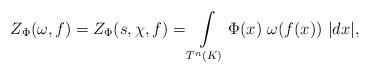
LaTeX: \begin{align*}Z_{\Phi}(\omega,f) =Z_{\Phi}(s,\chi,f)=\int\limits_{T^{n}\left( K\right) }\Phi(x)\ \omega(f(x))\ \vert dx\vert,\end{align*}